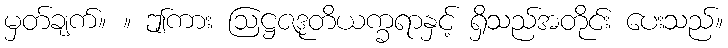
မှတ်ချက်။ ။ ဤကား ဩဋ္ဌဇဒုတိယက္ခရာနှင့် ရှိသည်အတိုင်း ပေးသည်။